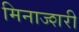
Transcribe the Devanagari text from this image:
मिनाज्शरी